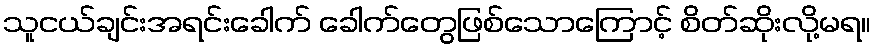
သူငယ်ချင်းအရင်းခေါက် ခေါက်တွေဖြစ်သောကြောင့် စိတ်ဆိုးလို့မရ။